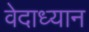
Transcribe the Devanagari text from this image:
वेदाध्यान